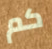
كم